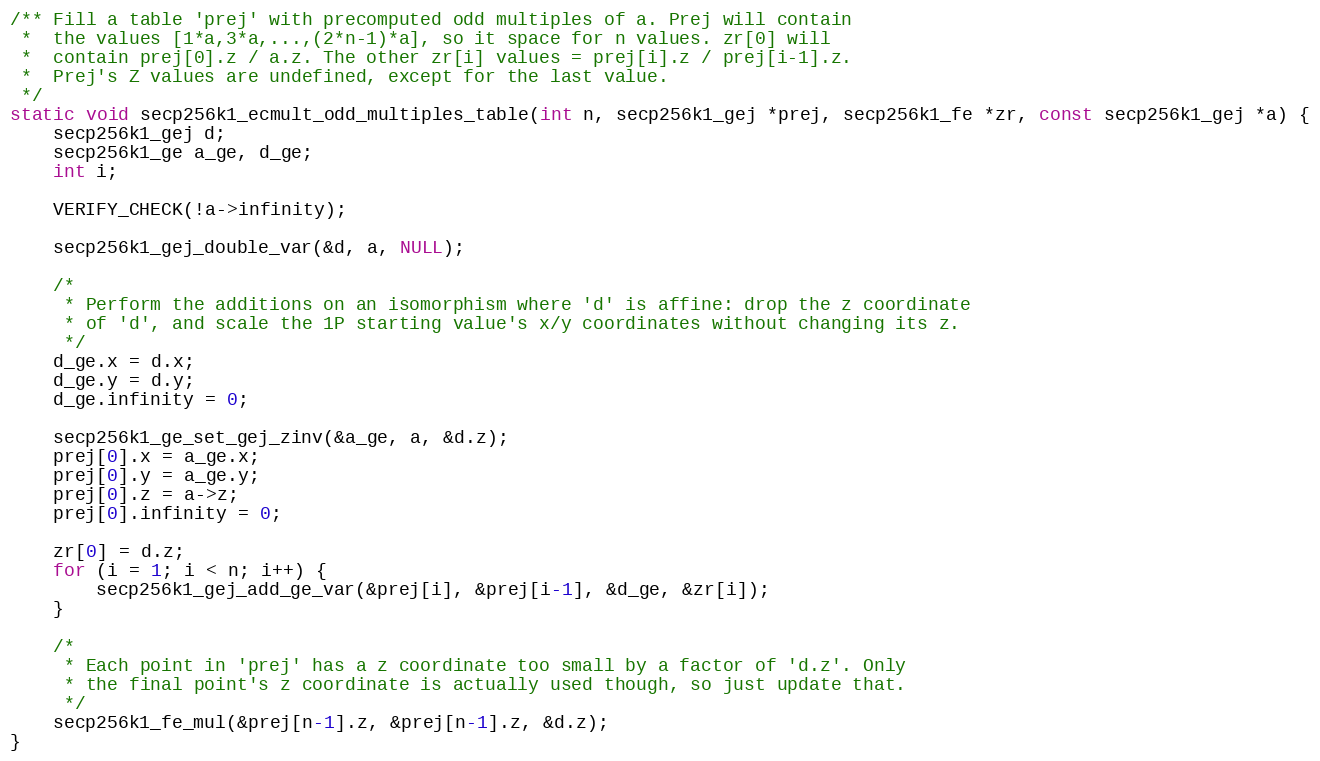
Language: C
/** Fill a table 'prej' with precomputed odd multiples of a. Prej will contain
 *  the values [1*a,3*a,...,(2*n-1)*a], so it space for n values. zr[0] will
 *  contain prej[0].z / a.z. The other zr[i] values = prej[i].z / prej[i-1].z.
 *  Prej's Z values are undefined, except for the last value.
 */
static void secp256k1_ecmult_odd_multiples_table(int n, secp256k1_gej *prej, secp256k1_fe *zr, const secp256k1_gej *a) {
    secp256k1_gej d;
    secp256k1_ge a_ge, d_ge;
    int i;

    VERIFY_CHECK(!a->infinity);

    secp256k1_gej_double_var(&d, a, NULL);

    /*
     * Perform the additions on an isomorphism where 'd' is affine: drop the z coordinate
     * of 'd', and scale the 1P starting value's x/y coordinates without changing its z.
     */
    d_ge.x = d.x;
    d_ge.y = d.y;
    d_ge.infinity = 0;

    secp256k1_ge_set_gej_zinv(&a_ge, a, &d.z);
    prej[0].x = a_ge.x;
    prej[0].y = a_ge.y;
    prej[0].z = a->z;
    prej[0].infinity = 0;

    zr[0] = d.z;
    for (i = 1; i < n; i++) {
        secp256k1_gej_add_ge_var(&prej[i], &prej[i-1], &d_ge, &zr[i]);
    }

    /*
     * Each point in 'prej' has a z coordinate too small by a factor of 'd.z'. Only
     * the final point's z coordinate is actually used though, so just update that.
     */
    secp256k1_fe_mul(&prej[n-1].z, &prej[n-1].z, &d.z);
}